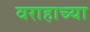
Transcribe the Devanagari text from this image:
वराहाच्या